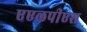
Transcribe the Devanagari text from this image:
एएलपीएस